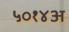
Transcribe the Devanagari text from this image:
५०१४अ